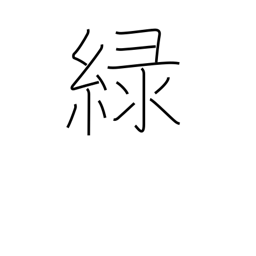
Meaning: green